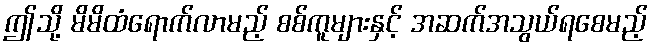
ဤသို့ မိမိထံရောက်လာမည့် စစ်ကူများနှင့် အဆက်အသွယ်ရစေမည့်